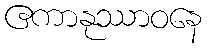
ဧကာနုဿာဝနေ